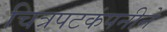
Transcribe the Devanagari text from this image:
चित्रपटकंपनीने